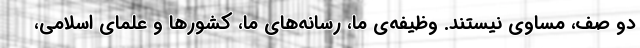
دو صف، مساوی نیستند. وظیفه‌ی ما، رسانه‌های ما، کشورها و علمای اسلامی،